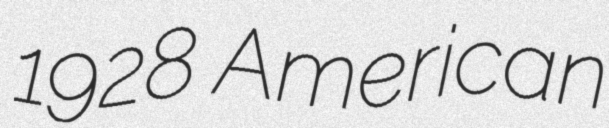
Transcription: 1928 American